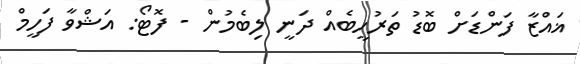
ޣައްޒާ ފަންޑަށް ބޮޑު ތަރުހީބެއް ދަނީ ލިބެމުން - ފޮޓޯ: އަޝްވާ ފަހީމް